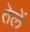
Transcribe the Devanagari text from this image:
तेलें